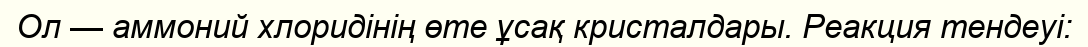
Ол — аммоний хлоридінің өте ұсақ кристалдары. Реакция тендеуі: